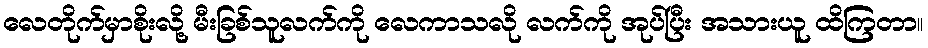
လေတိုက်မှာစိုးလို့ မီးခြစ်သူလက်ကို လေကာသလို လက်ကို အုပ်ပြီး အသားယူ ထိကြတာ။